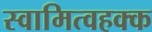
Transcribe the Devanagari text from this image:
स्वामित्वहक्क